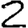
Digit: 2